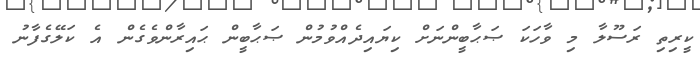
ކީރިތި ރަސޫލާ މި ވާހަކަ ޞަޙާބީންނަށް ކިޔައިދެއްވުމުން ޞަޙާބީން ޙައިރާންވެގެން އެ ކަލޭގެފާނު